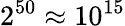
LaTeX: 2^{50}\approx 10^{15}